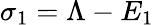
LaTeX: \sigma_{1}=\Lambda-E_{1}